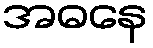
အဓနေ